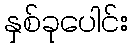
နှစ်ခုပေါင်း